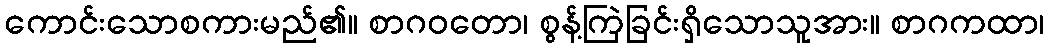
ကောင်းသောစကားမည်၏။ စာဂဝတော၊ စွန့်ကြဲခြင်းရှိသောသူအား။ စာဂကထာ၊